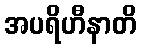
အပရိဟီနာတိ